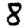
Digit: 8